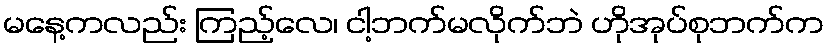
မနေ့ကလည်း ကြည့်လေ၊ ငါ့ဘက်မလိုက်ဘဲ ဟိုအုပ်စုဘက်က